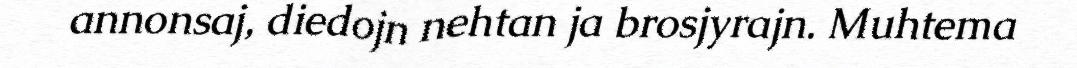
annonsaj, diedojn nehtan ja brosjyrajn. Muhtema